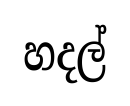
හදල්